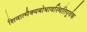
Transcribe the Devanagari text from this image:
शिवात्मैक्यबोधावस्थितिपूर्वक